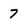
Character: 7